Annual administration report of the Civil Veterinary Department of India - 1908-1909
Year: 1908
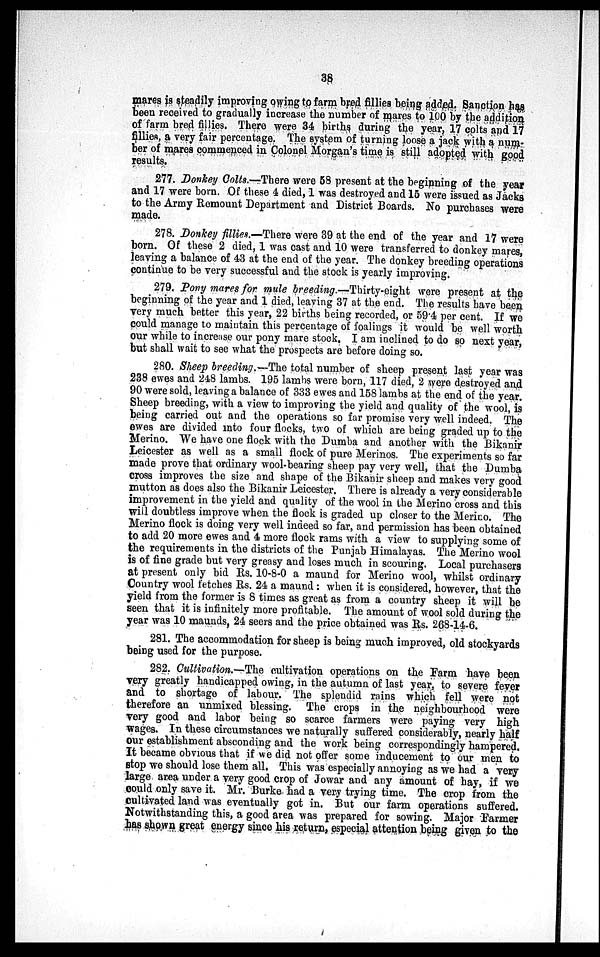
38
mares is steadily improving owing to farm bred fillies being added. Sanction has
been received to gradually increase the number of mares to 100 by the addition
of farm bred fillies. There were 34 births during the year, 17 colts and 17
fillies, a very fair percentage. The system of turning loose a jack with a num-
ber of mares commenced in Colonel Morgan's time is still adopted with good
results.
277. Donkey Colts.—There were 58 present at the beginning of the year
and 17 were born. Of these 4 died, 1 was destroyed and 15 were issued as Jacks
to the Army Remount Department and District Boards. No purchases were
made.
278. Donkey fillies.—There were 39 at the end of the year and 17 were
born. Of these 2 died, 1 was cast and 10 were transferred to donkey mares,
leaving a balance of 43 at the end of the year. The donkey breeding operations
continue to be very successful and the stock is yearly improving.
279. Pony mares for mule breeding.—Thirty-eight were present at the
beginning of the year and 1 died, leaving 37 at the end. The results have been
very much better this year, 22 births being recorded, or 59.4 per cent. If we
could manage to maintain this percentage of foalings it would be well worth
our while to increase our pony mare stock. I am inclined to do so next year,
but shall wait to see what the prospects are before doing so.
280. Sheep breeding.—The total number of sheep present last year was
238 ewes and 248 lambs. 195 lambs were born, 117 died, 2 were destroyed and
90 were sold, leaving a balance of 333 ewes and 158 lambs at the end of the year.
Sheep breeding, with a view to improving the yield and quality of the wool, is
being carried out and the operations so far promise very well indeed. The
owes are divided into four flocks, two of which are being graded up to the
Merino. We have one flock with the Dumba and another with the Bikanir
Leicester as well as a small flock of pure Merinos. The experiments so far
made prove that ordinary wool-bearing sheep pay very well, that the Dumba
cross improves the size and shape of the Bikanir sheep and makes very good
mutton as does also the Bikanir Leicester. There is already a very considerable
improvement in the yield and quality of the wool in the Merino cross and this
will doubtless improve when the flock is graded up closer to the Merino. The
Merino flock is doing very well indeed so far, and permission has been obtained
to add 20 more ewes and 4 more flock rams with a view to supplying some of
the requirements in the districts of the Punjab Himalayas. The Merino wool
is of fine grade but very greasy and loses much in scouring. Local purchasers
at present only bid Rs. 10-8-0 a maund for Merino wool, whilst ordinary
Country wool fetches Rs. 24 a maund: when it is considered, however, that the
yield from the former is 8 times as great as from a country sheep it will be
seen that it is infinitely more profitable. The amount of wool sold during the
year was 10 maunds, 24 seers and the price obtained was Rs. 268-14-6.
281. The accommodation for sheep is being much improved, old stockyards
being used for the purpose.
282. Cultivation.—The cultivation operations on the Farm have been
very greatly handicapped owing, in the autumn of last year, to severe fever
and to shortage of labour. The splendid rains which fell were not
therefore an unmixed blessing. The crops in the neighbourhood were
very good and labor being so scarce farmers were paying very high
wages. In these circumstances we naturally suffered considerably, nearly half
our establishment absconding and the work being correspondingly hampered.
It became obvious that if we did not offer some inducement to our men to
stop we should lose them all. This was especially annoying as we had a very
large area under a very good crop of Jowar and any amount of hay, if we
could only save it. Mr. Burke had a very trying time. The crop from the
cultivated land was eventually got in. But our farm operations suffered.
Notwithstanding this, a good area was prepared for sowing. Major Farmer
has shown great energy since his return, especial attention being given to the